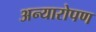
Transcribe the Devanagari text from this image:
अन्यारोपण